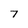
Character: 7